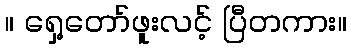
။ ရှေ့တော်ဖူးလင့် ပြီတကား။